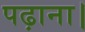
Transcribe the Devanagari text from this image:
पढ़ाना।